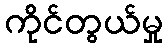
ကိုင်တွယ်မှု